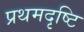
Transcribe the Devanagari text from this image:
प्रथमदृष्टि